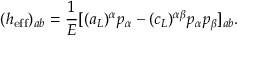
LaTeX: ( h _ { \mathrm { e f f } } ) _ { a b } = { \frac { 1 } { E } } [ ( a _ { L } ) ^ { \alpha } p _ { \alpha } - ( c _ { L } ) ^ { \alpha \beta } p _ { \alpha } p _ { \beta } ] _ { a b } .